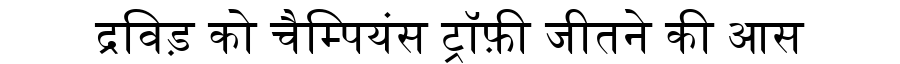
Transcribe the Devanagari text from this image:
द्रविड़ को चैम्पियंस ट्रॉफ़ी जीतने की आस